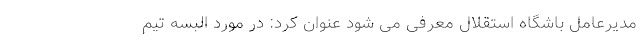
مدیرعامل باشگاه استقلال معرفی می شود عنوان کرد: در مورد البسه تیم